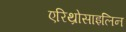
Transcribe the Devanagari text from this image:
एरिथ्रोसाइलिन